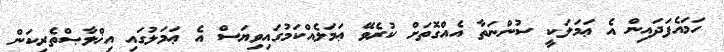
ހަމައެފަދައިން އެ ޢަމަލަކީ ސުންނަތާ އެއްގޮތަށް ކުރެވޭ ޢަމަލެއްކަމުގައިވިޔަސް އެ ޢަމަލުގައި އިޚްލާޞްތެރިކަން